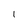
Character: l